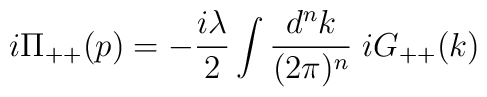
i \Pi_{++} (p) = - \frac{i\lambda}{2} \int \frac{d^{n}k}{(2\pi)^{n}}\;iG_{++} (k)